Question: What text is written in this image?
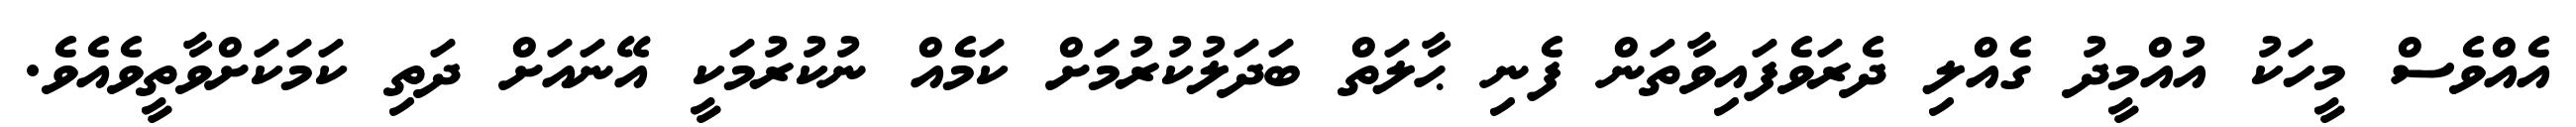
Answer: އެއްވެސް މީހަކު އުއްމީދު ގެއްލި ދެރަވެފައިވާތަން ފެނި ޙާލަތް ބަދަލުކުރުމަށް ކަމެއް ނުކުރުމަކީ އޭނައަށް ދަތި ކަމަކަށްވާތީވެއެވެ.